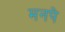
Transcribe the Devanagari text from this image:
मनपे